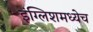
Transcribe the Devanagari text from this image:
इंग्लिशमध्येच